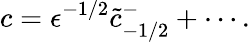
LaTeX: c=\epsilon^{-1/2}\tilde{c}_{-1/2}^{-}+\cdots.